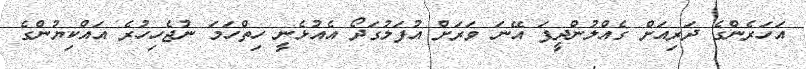
އަހަރެންގެ ދަރިއަށް ގެއްލުންދީފަ އޭނަ ވަަރަށް އުފަލުގަދޯ އެއުޅެނީ ހިތްހަމަ ނުޖެހިހުރެ އައްކިޔުންގެ